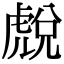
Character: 𧇓